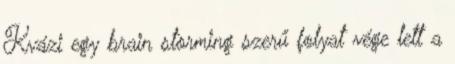
Kvázi egy brain storming szerű folyat vége lett a